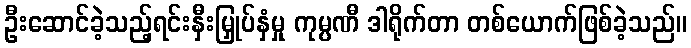
ဦးဆောင်ခဲ့သည့်ရင်းနှီးမြှုပ်နှံမှု ကုမ္ပဏီ ဒါရိုက်တာ တစ်ယောက်ဖြစ်ခဲ့သည်။